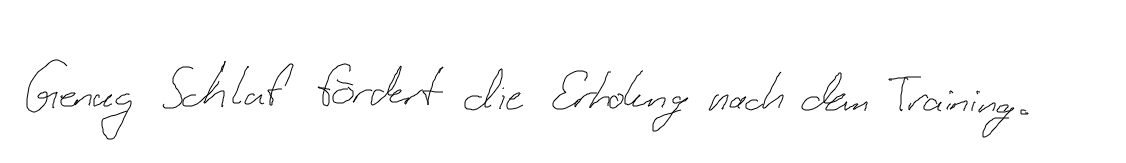
Genug Schlaf fördert die Erholung nach dem Training.